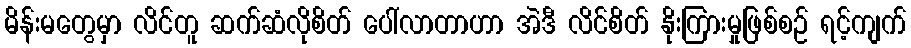
မိန်းမတွေမှာ လိင်တူ ဆက်ဆံလိုစိတ် ပေါ်လာတာဟာ အဲဒီ လိင်စိတ် နိုးကြားမှုဖြစ်စဉ် ရင့်ကျက်